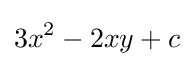
3x^{2}-2xy+c